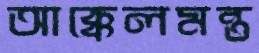
আক্কেলমন্ত